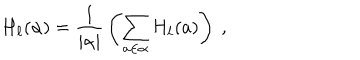
H _ { \ell } ( \alpha ) = { \frac { 1 } { | \alpha | } } \left( \sum _ { a \in \alpha } H _ { \ell } ( a ) \right) ~ ,